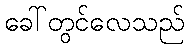
ခေါ်တွင်လေသည်